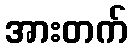
အားတက်